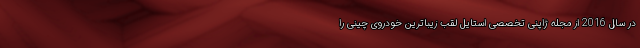
در سال 2016 از مجله ژاپنی تخصصی استایل لقب زیباترین خودروی چینی را